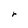
Character: r